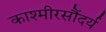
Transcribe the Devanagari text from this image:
काश्मीरसौंदर्य